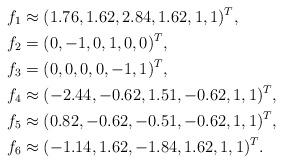
LaTeX: \begin{align*}f_1&\approx(1.76,1.62,2.84,1.62,1,1)^T,\\f_2&=(0,-1,0,1,0,0)^T,\\f_3&=(0,0,0,0,-1,1)^T,\\f_4&\approx(-2.44,-0.62,1.51,-0.62,1,1)^T,\\f_5&\approx(0.82,-0.62,-0.51,-0.62,1,1)^T,\\f_6&\approx(-1.14,1.62,-1.84,1.62,1,1)^T.\end{align*}